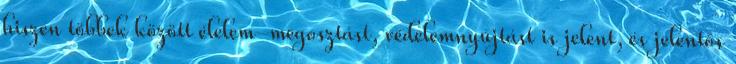
hiszen többek között élelem-megosztást, védelemnyújtást is jelent, és jelentős